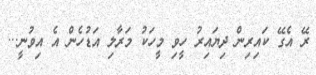
ރޭ އެގޭ ކައިރިން ދިޔައިރު ހީވި މީހަކު މަރާލި އަޑުހެން އެ އިވުނީ...